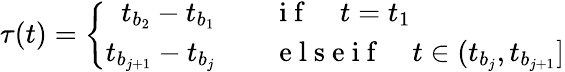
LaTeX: \tau(t)=\left\{ \begin{array}{rl}{t_{b_{2}}-t_{b_{1}}}&{{}\quad\mathrm{~i~f~}\quad t=t_{1}}\\ {t_{b_{j+1}}-t_{b_{j}}}&{{}\quad\mathrm{~e~l~s~e~i~f~}\quad t\in(t_{b_{j}},t_{b_{j+1}}]}\end{array}\right.